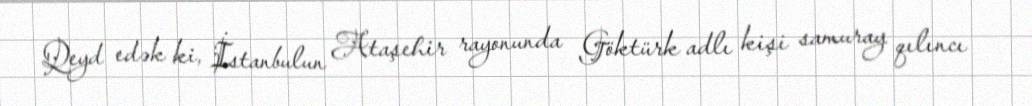
Qeyd edək ki, İstanbulun Ataşehir rayonunda Göktürk adlı kişi samuray qılıncı